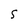
Character: S